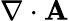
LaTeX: \nabla\cdot\mathbf{A}